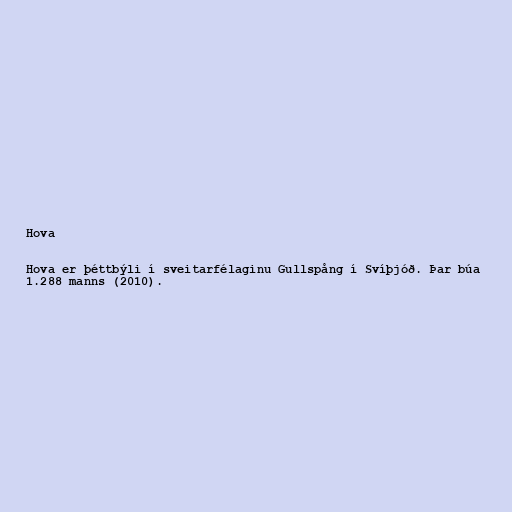
Hova

Hova er þéttbýli í sveitarfélaginu Gullspång í Svíþjóð. Þar búa
1.288 manns (2010).